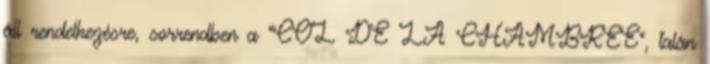
áll rendelkezésre, sorrendben a "COL DE LA CHAMBREE", talán